Report on vaccination in the Province of Bengal - 1869-1873
Year: 1869
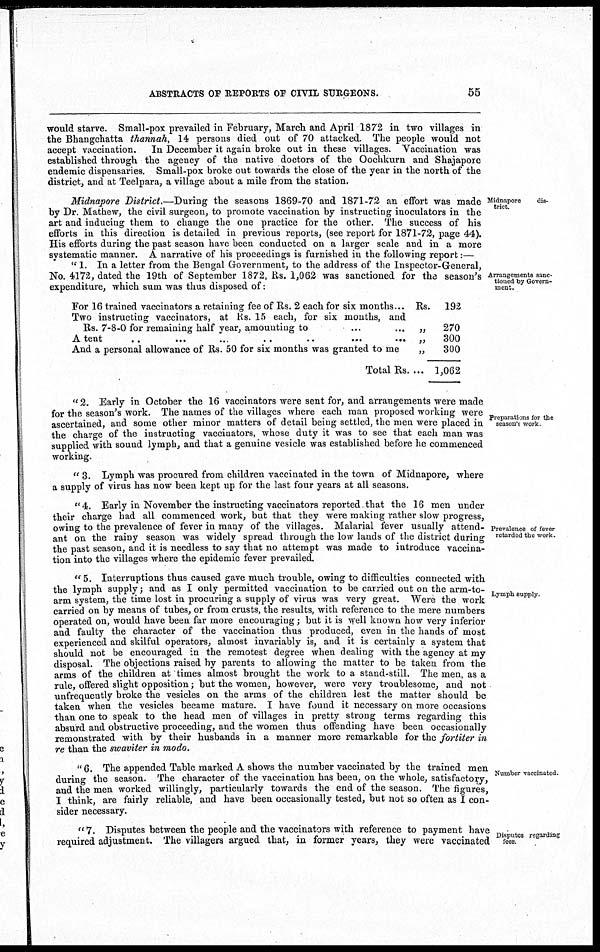
ABSTRACTS OF REPORTS OF CIVIL SURGEONS.
55
would starve. Small-pox prevailed in February, March and April 1872 in two villages in
the Bhangchatta thannah, 14 persons died out of 70 attacked. The people would not
accept vaccination.
In December it again broke out in these villages. Vaccination was
established through the agency of the native doctors of the Oochkurn and Shajapore
endemic dispensaries. Small-pox broke out towards the close of the year in the north of the
district, and at Teelpara, a village about a mile from the station.
Midnapore
trict.
Arrangements sanc¬
tioned by Govern-
-ent.
Midnapore District.—During the seasons 1869-70 and 1871-72 an effort was made
by Dr. Mathew, the civil surgeon, to promote vaccination by instructing inoculators in the
art and inducing them to change the one practice for the other. The success of his
efforts in this direction is detailed in previous reports, (see report for 1871-72, page 44).
His efforts during the past season have been conducted on a larger scale and in a more
systematic manner. A narrative of his proceedings is furnished in the following report:—
" 1. In a letter from the Bengal Government, to the address of the Inspector-General,
No. 4172, dated the 19th of September 1872, Rs. 1,062 was sanctioned for the season's
expenditure, which sum was thus disposed of:
For 16 trained vaccinators a retaining fee of Rs. 2 each for six months... Rs.
Two instructing vaccinators, at Rs. 15 each, for six months, and
Rs. 7-8-0 for remaining half year, amounting to
...
...
„
A tent
..
...
...
..
..
...
... „
And a personal allowance of Rs. 50 for six months was granted to me
„
Total Rs. ...
192
270
300
300
1,062
Preparations for the
season's work
'' 2. Early in October the 16 vaccinators were sent for, and arrangements were made
for the season's work. The names of the villages where each man proposed working were
ascertained, and some other minor matters of detail being settled, the men were placed in
the charge of the instructing vaccinators, whose duty it was to see that each man was
supplied with sound lymph, and that a genuine vesicle was established before he commenced
working.
" 3. Lymph was procured from children vaccinated in the town of Midnapore, where
a supply of virus has now been kept up for the last four years at all seasons.
Prevalence of fever
retarded the work.
"4. Early in November the instructing vaccinators reported that the 16 men under
their charge had all commenced work, but that they were making rather slow progress,
owing to the prevalence of fever in many of the villages. Malarial fever usually attend-
ant on the rainy season was widely spread through the low lands of the district during
the past season, and it is needless to say that no attempt was made to introduce vaccina-
tion into the villages where the epidemic fever prevailed
Lymph supply
" 5. Interruptions thus caused gave much trouble, owing to difficulties connected with
the lymph supply; and as I only permitted vaccination to be carried out on the arm-to-
arm system, the time lost in procuring a supply of virus was very great. Were the work
carried on by means of tubes, or from crusts, the results, with reference to the mere numbers
operated on, would have been far more encouraging; but it is well known how very inferior
and faulty the character of the vaccination thus produced, even in the hands of most
experienced and skilful operators, almost invariably is, and it is certainly a system that
should not be encouraged in the remotest degree when dealing with the agency at my
disposal. The objections raised by parents to allowing the matter to be taken from the
arms of the children at times almost brought the work to a stand-still. The men, as a
rule, offered slight opposition; but the women, however, were very troublesome, and not
unfrequently broke the vesicles on the arms of the children lest the matter should be
taken when the vesicles became mature. I have found it necessary on more occasions
than one to speak to the head men of villages in pretty strong terms regarding this
absurd and obstructive proceeding, and the women thus offending have been occasionally
remonstrated with by their husbands in a manner more remarkable for the fortiter in
re than the swaviter in modo.
Number vaccinated.
"6. The appended Table marked A shows the number vaccinated by the trained men
during the season. The character of the vaccination has been, on the whole, satisfactory,
and the men worked willingly, particularly towards the end of the season. The figures,
I think, are fairly reliable, and have been occasionally tested, but not so often as I con-
sider necessary.
Disputes regarding
fees.
" 7. Disputes between the people and the vaccinators with reference to payment have
required adjustment. The villagers argued that, in former years, they were vaccinated